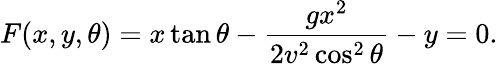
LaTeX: F(x,y,\theta)=x\tan\theta-{\frac{gx^{2}}{2v^{2}\cos^{2}\theta}}-y=0.